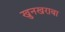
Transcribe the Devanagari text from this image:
खुनखराबा